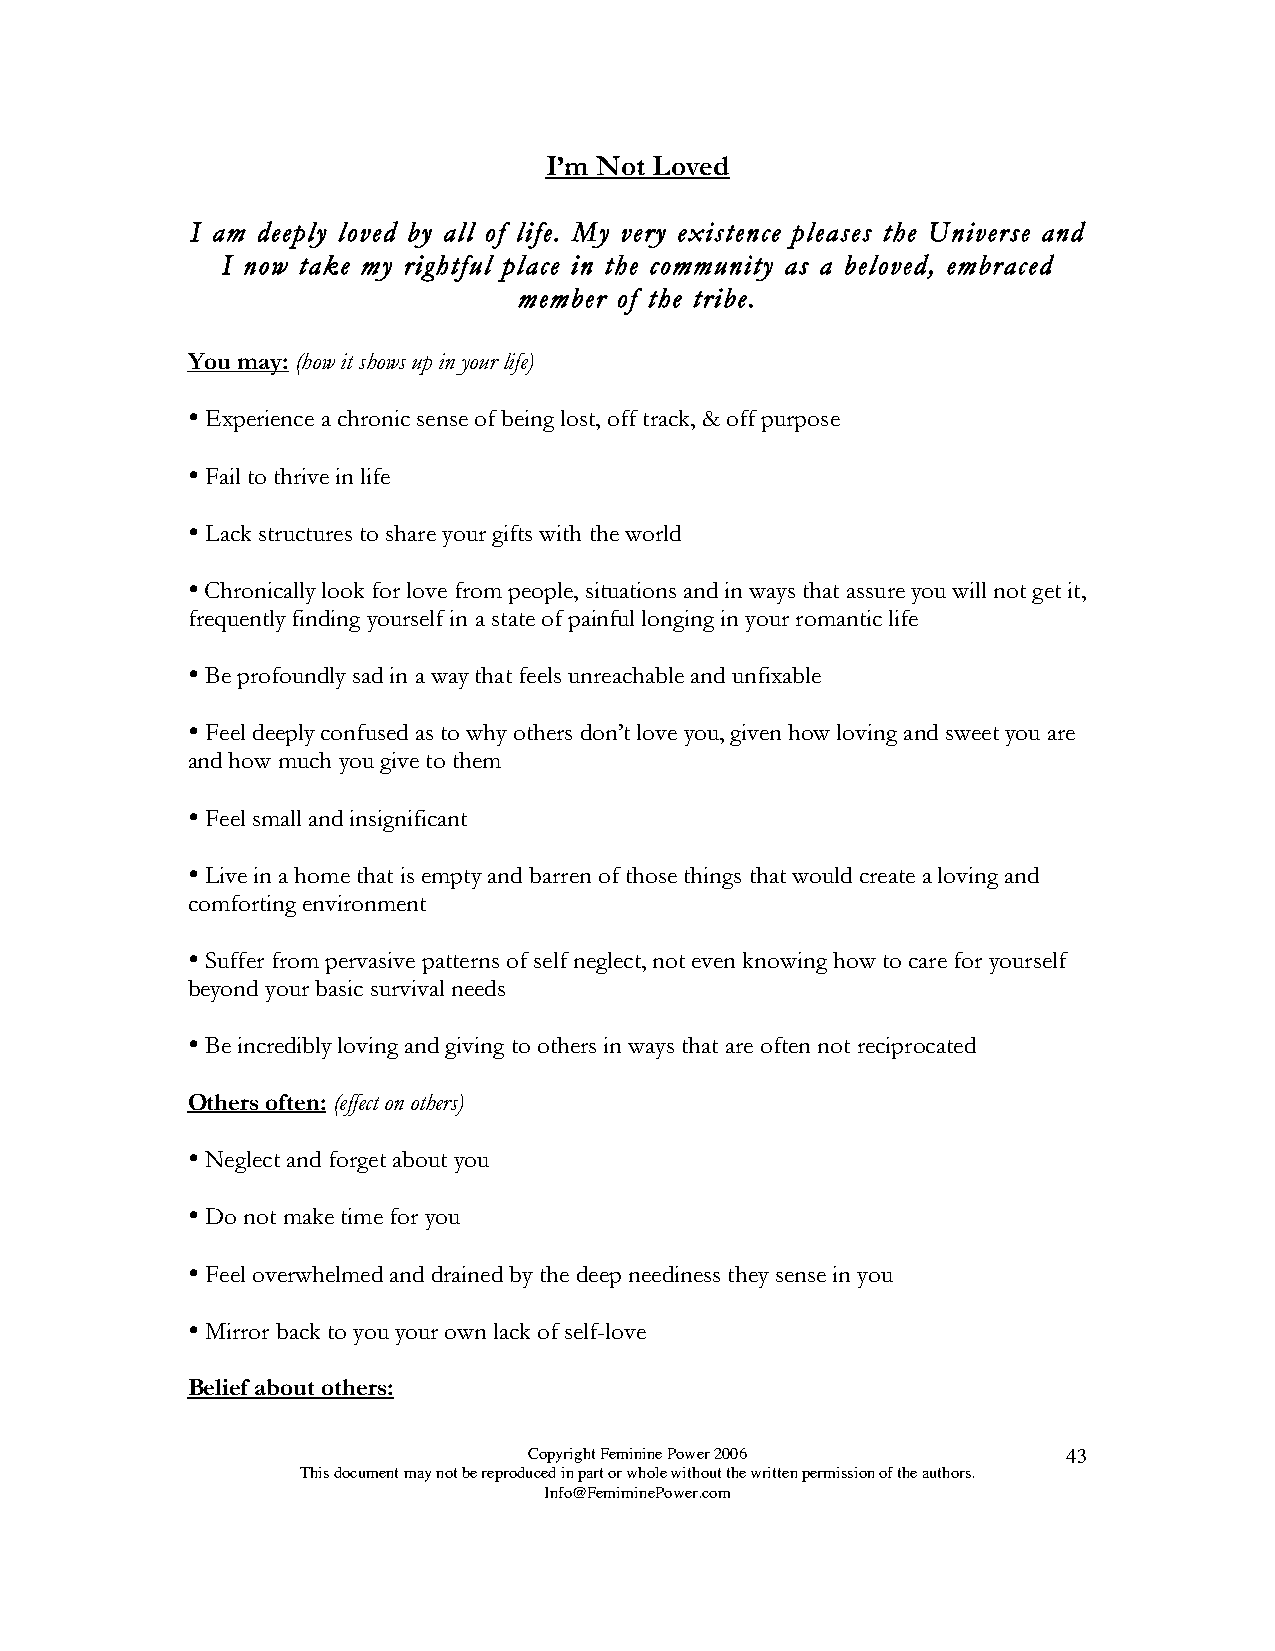
I’m Not Loved
 I am deeply loved by all of life. My very existence pleases the Universe and
 I now take my rightful place in the community as a beloved, embraced
 member of the tribe.
 You may: (how it shows up in your life)
 
 Experience a chronic sense of being lost, off track, & off purpose
 
 Fail to thrive in life
 
 Lack structures to share your gifts with the world
 
 Chronically look for love from people, situations and in ways that assure you will not get it,
 frequently finding yourself in a state of painful longing in your romantic life
 
 Be profoundly sad in a way that feels unreachable and unfixable
 
 Feel deeply confused as to why others don’t love you, given how loving and sweet you are
 and how much you give to them
 
 Feel small and insignificant
 
 Live in a home that is empty and barren of those things that would create a loving and
 comforting environment
 
 Suffer from pervasive patterns of self neglect, not even knowing how to care for yourself
 beyond your basic survival needs
 
 Be incredibly loving and giving to others in ways that are often not reciprocated
 Others often: (effect on others)
 
 Neglect and forget about you
 
 Do not make time for you
 
 Feel overwhelmed and drained by the deep neediness they sense in you
 
 Mirror back to you your own lack of self-love
 Belief about others:
 Copyright Feminine Power 2006       43
 This document may not be reproduced in part or whole without the written permission of the authors.
 Info@FemiminePower.com